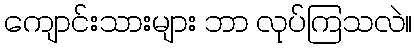
ကျောင်းသားများ ဘာ လုပ်ကြသလဲ။